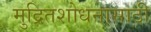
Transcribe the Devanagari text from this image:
मुद्रितशोधनासाठी